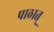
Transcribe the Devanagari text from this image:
पाठात्‌